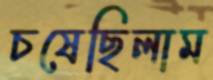
চষেছিলাম